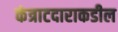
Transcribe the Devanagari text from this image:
कंत्राटदाराकडील